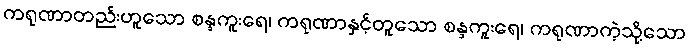
ကရုဏာတည်းဟူသော စန္ဒကူးရေ၊ ကရုဏာနှင့်တူသော စန္ဒကူးရေ၊ ကရုဏာကဲ့သို့သော